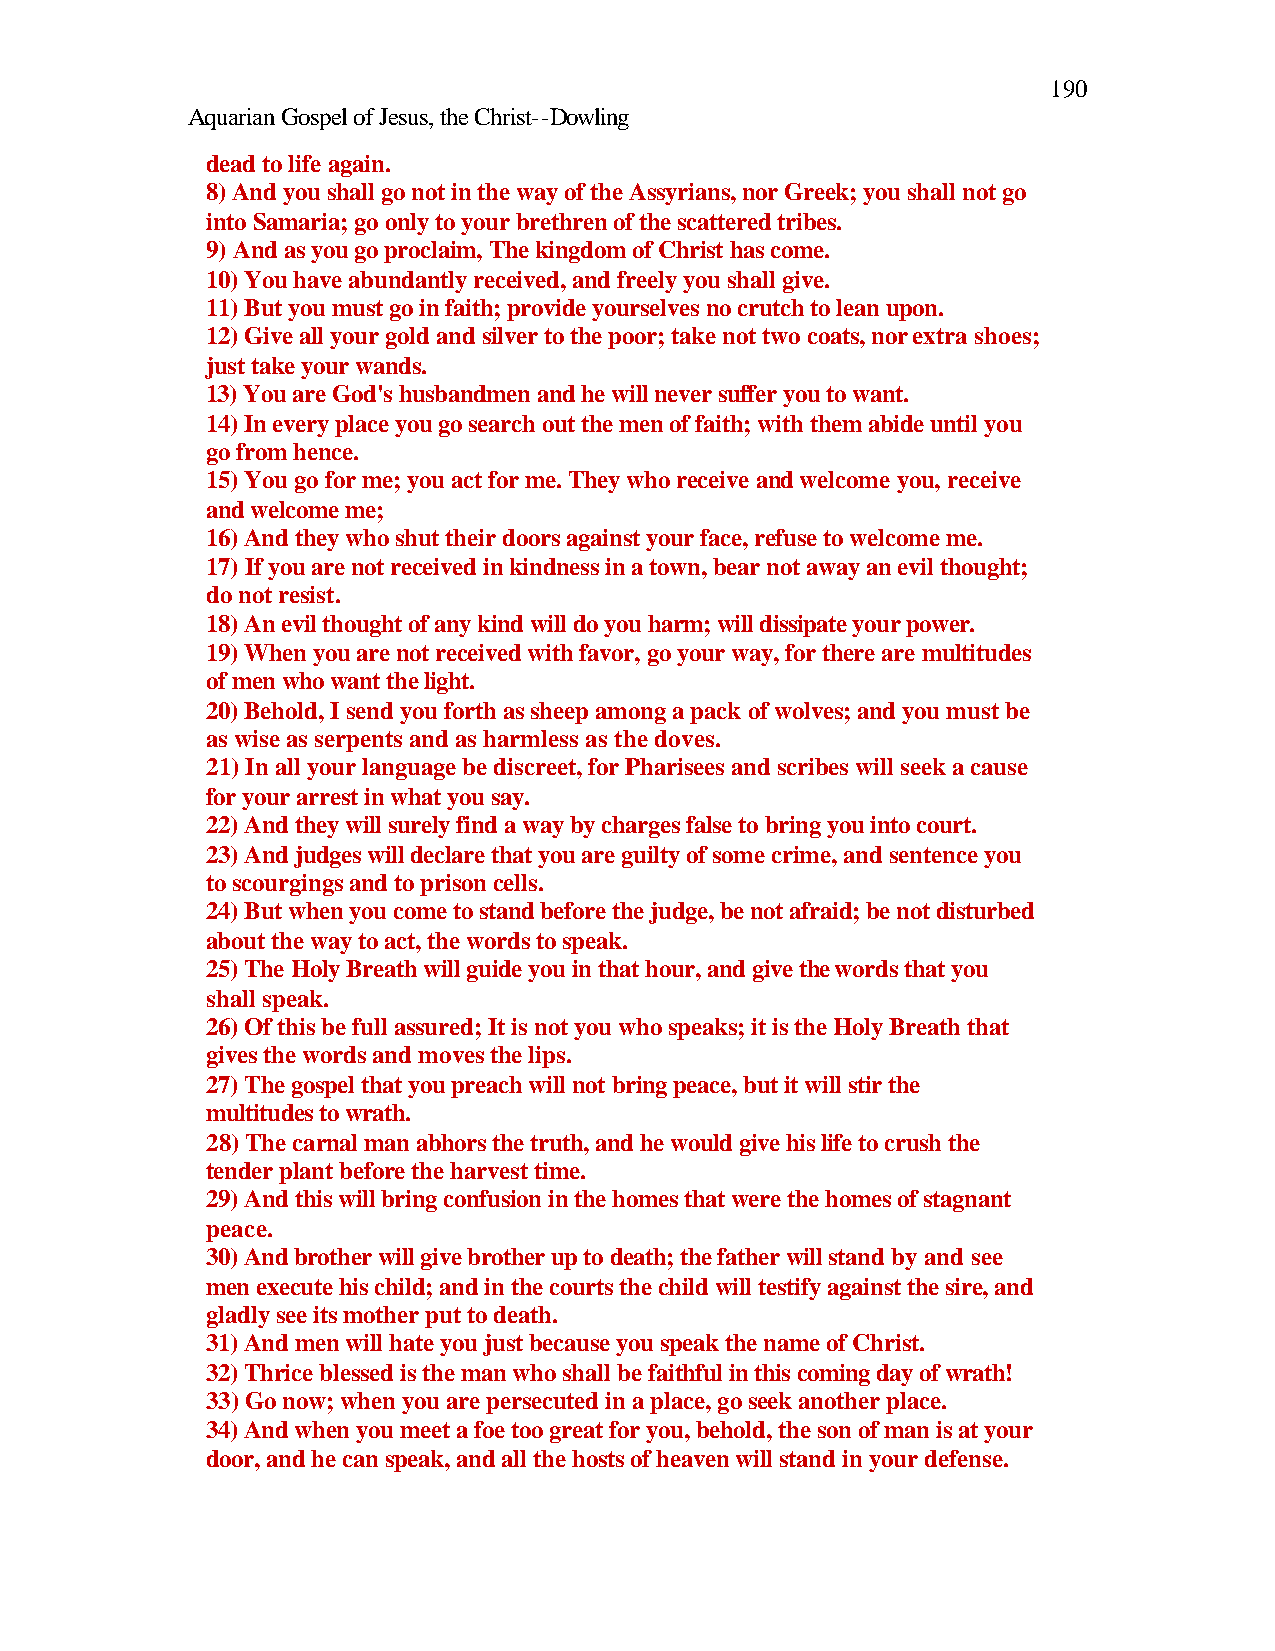
190
 Aquarian Gospel of Jesus, the Christ--Dowling
 dead to life again.
 8) And you shall go not in the way of the Assyrians, nor Greek; you shall not go
 into Samaria; go only to your brethren of the scattered tribes.
 9) And as you go proclaim, The kingdom of Christ has come.
 10) You have abundantly received, and freely you shall give.
 11) But you must go in faith; provide yourselves no crutch to lean upon.
 12) Give all your gold and silver to the poor; take not two coats, nor extra shoes;
 just take your wands.
 13) You are God's husbandmen and he will never suffer you to want.
 14) In every place you go search out the men of faith; with them abide until you
 go from hence.
 15) You go for me; you act for me. They who receive and welcome you, receive
 and welcome me;
 16) And they who shut their doors against your face, refuse to welcome me.
 17) If you are not received in kindness in a town, bear not away an evil thought;
 do not resist.
 18) An evil thought of any kind will do you harm; will dissipate your power.
 19) When you are not received with favor, go your way, for there are multitudes
 of men who want the light.
 20) Behold, I send you forth as sheep among a pack of wolves; and you must be
 as wise as serpents and as harmless as the doves.
 21) In all your language be discreet, for Pharisees and scribes will seek a cause
 for your arrest in what you say.
 22) And they will surely find a way by charges false to bring you into court.
 23) And judges will declare that you are guilty of some crime, and sentence you
 to scourgings and to prison cells.
 24) But when you come to stand before the judge, be not afraid; be not disturbed
 about the way to act, the words to speak.
 25) The Holy Breath will guide you in that hour, and give the words that you
 shall speak.
 26) Of this be full assured; It is not you who speaks; it is the Holy Breath that
 gives the words and moves the lips.
 27) The gospel that you preach will not bring peace, but it will stir the
 multitudes to wrath.
 28) The carnal man abhors the truth, and he would give his life to crush the
 tender plant before the harvest time.
 29) And this will bring confusion in the homes that were the homes of stagnant
 peace.
 30) And brother will give brother up to death; the father will stand by and see
 men execute his child; and in the courts the child will testify against the sire, and
 gladly see its mother put to death.
 31) And men will hate you just because you speak the name of Christ.
 32) Thrice blessed is the man who shall be faithful in this coming day of wrath!
 33) Go now; when you are persecuted in a place, go seek another place.
 34) And when you meet a foe too great for you, behold, the son of man is at your
 door, and he can speak, and all the hosts of heaven will stand in your defense.